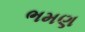
ભમણ